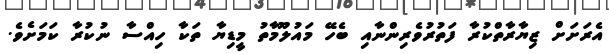
އެރަށަށް ޒިޔާރާތްކުރާ ފަތުރުވެރިންނާއި ބެހޭ މައުލޫމާތު މީޑިޔާ ތަކާ ހިއްސާ ނުކުރާ ކަމަށެވެ.